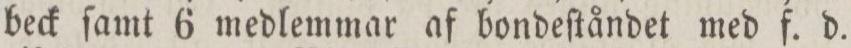
beck ſamt 6 medlemmar af bondeſtåndet med f. d.